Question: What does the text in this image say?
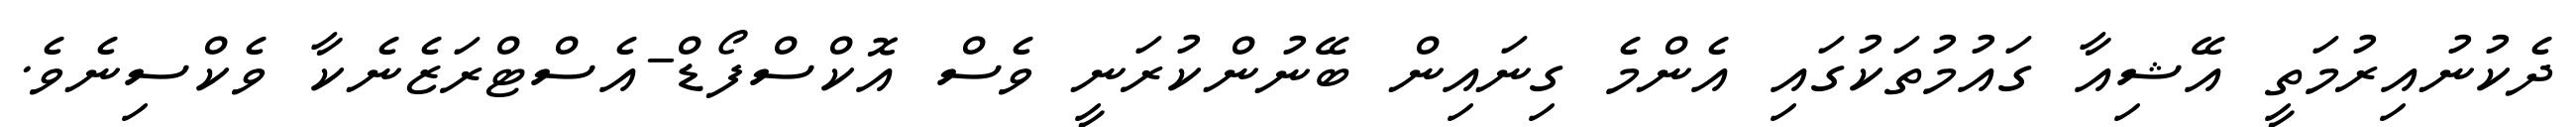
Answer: ދެކުނުއިރުމަތީ އޭޝިއާ ގައުމުތަކުގައި އެންމެ ގިނައިން ބޭނުންކުރަނީ ވެސް އޮކްސްފޯޑް-އެސްޓްރަޒެނެކާ ވެކްސިނެވެ.